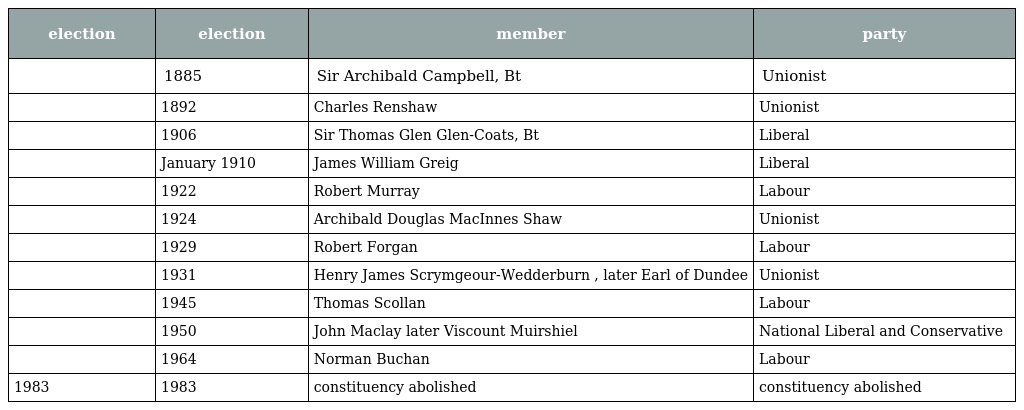
| election | election | member | party |
 | --- | --- | --- | --- |
 |  | 1885 | Sir Archibald Campbell, Bt | Unionist |
 |  | 1892 | Charles Renshaw | Unionist |
 |  | 1906 | Sir Thomas Glen Glen-Coats, Bt | Liberal |
 |  | January 1910 | James William Greig | Liberal |
 |  | 1922 | Robert Murray | Labour |
 |  | 1924 | Archibald Douglas MacInnes Shaw | Unionist |
 |  | 1929 | Robert Forgan | Labour |
 |  | 1931 | Henry James Scrymgeour-Wedderburn , later Earl of Dundee | Unionist |
 |  | 1945 | Thomas Scollan | Labour |
 |  | 1950 | John Maclay later Viscount Muirshiel | National Liberal and Conservative |
 |  | 1964 | Norman Buchan | Labour |
 | 1983 | 1983 | constituency abolished | constituency abolished |